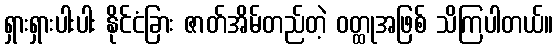
ရှားရှားပါးပါး နိုင်ငံခြား ဇာတ်အိမ်တည်တဲ့ ဝတ္ထုအဖြစ် သိကြပါတယ်။